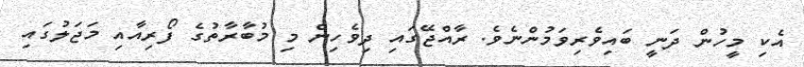
އެކި މީހުން ދަނީ ބައިވެރިވަމުންނެވެ. ރާއްޖޭގައި ދިވެހިން މި މުބާރާތުގެ ފޯރިއާއި މަޖަލުގައި